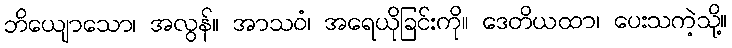
ဘိယျောသော၊ အလွန်။ အာသဝံ၊ အရေယိုခြင်းကို။ ဒေတိယထာ၊ ပေးသကဲ့သို့။